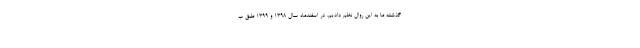
گذشته ما به این روال نظم دادیم. در اسفندماه سال ۱۳۹۸ و ۱۳۹۹ طبق ب